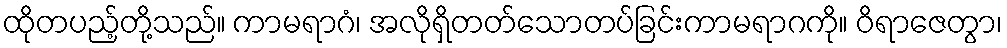
ထိုတပည့်တို့သည်။ ကာမရာဂံ၊ အလိုရှိတတ်သောတပ်ခြင်းကာမရာဂကို။ ဝိရာဇေတွာ၊